system: You are a helpful assistant.
user:
Analyze the provided spectrum to determine if it is a **"Cataclysmic Variables (CV)"**.

- **Key Indicators for CV (Check for either state):**
    - **State 1: Quiescent / Low-State (Emission-Dominated)**
        - **(Primary):** Strong and *very broad* Hydrogen Balmer emission lines (e.g., $H\alpha$ at 6563 Å, $H\beta$ at 4861 Å). The 'broadness' (high velocity dispersion, often FWHM > 1000 km/s) is the key diagnostic, indicating a high-velocity accretion disk.
        - **(Secondary):** Broad neutral Helium (He I) emission lines (e.g., 5876 Å, 6678 Å).
        - **(Key Confirmation):** Presence of high-excitation *ionized* Helium (He II) emission at 4686 Å. This is a strong indicator of accretion onto a white dwarf.
        - **(Line Profile):** Emission lines may exhibit a 'double-peaked' profile, which is a classic signature of a rotating accretion disk viewed at high inclination.

    - **State 2: Outburst / High-State (Absorption-Dominated)**
        - **(Primary):** Spectrum is dominated by a bright, blue continuum (looks like a hot star).
        - **(Secondary):** The emission lines from State 1 are weak, absent, or 'filled in', and are replaced by broad, shallow *absorption* lines (primarily Balmer and He I).
        - **(Morphology):** The overall spectrum mimics a hot B/A-type star. The crucial difference is that the absorption lines are significantly broader, shallower, and more 'washed-out' (or 'smeared') than the sharp lines of a normal stellar photosphere, due to high rotational speeds and pressure broadening in the disk.

Think first, call **spectral_visualization_tool** if needed to examine features in detail, then provide your final answer. Your response must adhere to the following strict rules:
1.  **Overall Structure:** Your response must follow the format `<think>...</think> <tool_call>...</tool_call> (if a tool is used) <answer>...</answer>`.
2.  **Tool Usage Constraint:** You may only make **one** tool call per turn.
3.  **Final Answer Format:** In the `<answer>` tag, your conclusion must be inside a `\boxed{}` command (e.g., `\boxed{YES}`), followed by your justification.

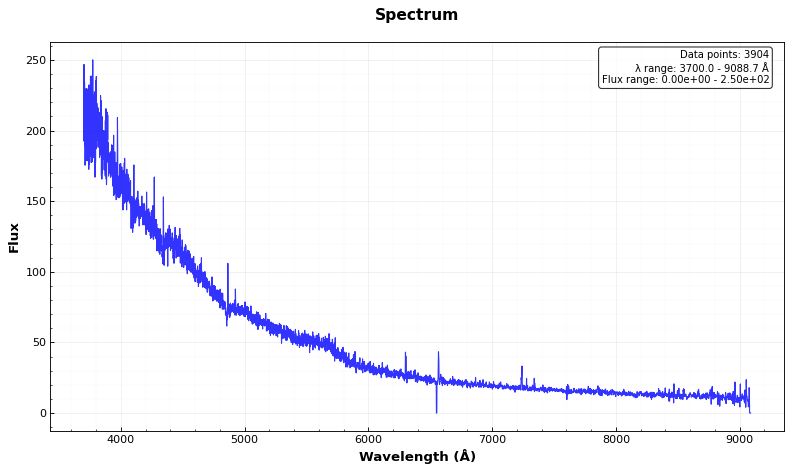
Answer: YES